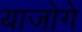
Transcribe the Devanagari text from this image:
याजोगे